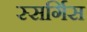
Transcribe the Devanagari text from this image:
स्सर्गिस